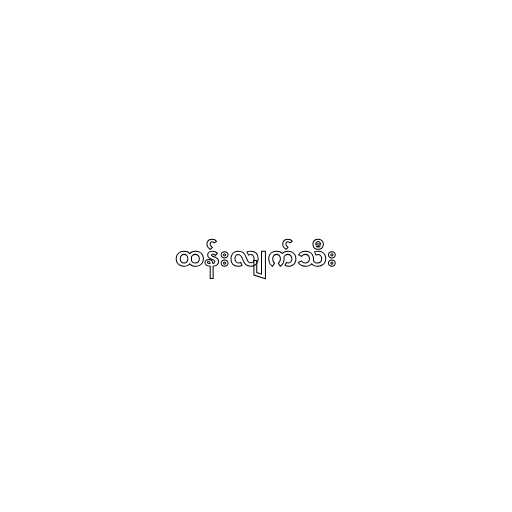
ထန်းလျက်သီး